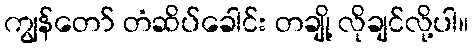
ကျွန်တော် တံဆိပ်ခေါင်း တချို့ လိုချင်လို့ပါ။